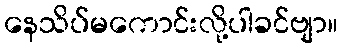
နေသိပ်မကောင်းလို့ပါခင်ဗျာ။